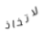
لاتخاذ